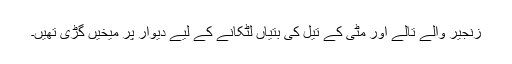
زنجیر والے تالے اور مٹی کے تیل کی بتیاں لٹکانے کے لیے دیوار پر میخیں گڑی تھیں۔